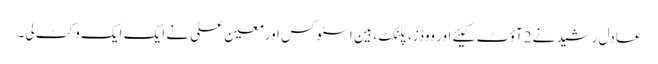
عادل رشید نے 2آؤٹ کیئے اور ووڈز، پلنکٹ، بین اسٹوکس اورمعین علی نے ایک ایک وکٹ لی۔